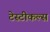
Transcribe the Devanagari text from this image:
टेस्टीकल्स